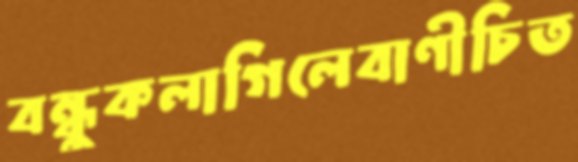
বন্ধুকলাগিলেবাণীচিত